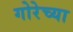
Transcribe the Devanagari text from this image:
गोरेच्या